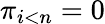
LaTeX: \pi_{i<n}=0